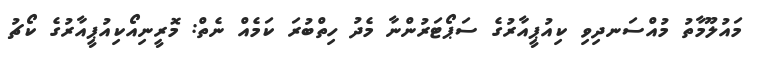
މައުލޫމާތު މުއްސަނދިވި ކިއުޕީއާރުގެ ސަޕޯޓަރުންނާ މެދު ހިތްބުރަ ކަމެއް ނެތް: މޮރީނިއޯކިއުޕީއާރުގެ ކޯޗު